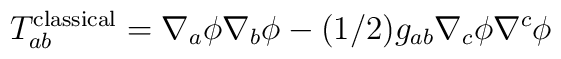
T^{\rm classical}_{ab}=\nabla _a\phi\nabla _b\phi -(1/2)g_{ab}   \nabla _c\phi\nabla ^c\phi